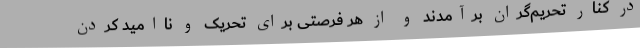
در کنار تحریم‌گران برآمدند و از هر فرصتی برای تحریک و ناامید کردن